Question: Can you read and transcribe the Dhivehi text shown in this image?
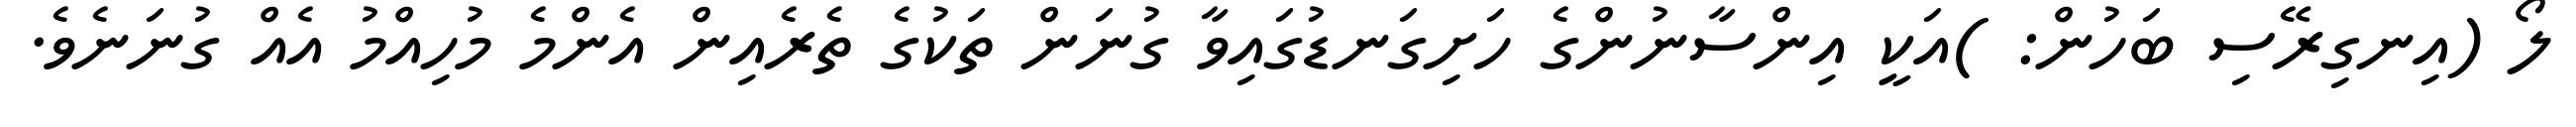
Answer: ލޯ (އިނގިރޭސި ބަހުން: )އަކީ އިންސާނުންގެ ހަށިގަނޑުގައިވާ ގުނަން ތަކުގެ ތެރެއިން އެންމެ މުހިއްމު އެއް ގުނަނެވެ.